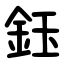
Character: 鈺